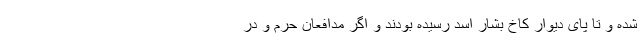
شده و تا پای دیوار کاخ بشار اسد رسیده بودند و اگر مدافعان حرم و در